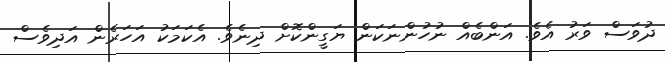
ދުވަސް ވަރު އެވެ. އަންބެއް ނުހުންނަކަން ޔަގީންކޮށް ދިނެވެ. އެކަމަކު އަހަރެން އަދިވެސް